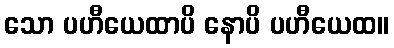
သော ပဟီယေထာပိ နောပိ ပဟီယေထ။